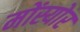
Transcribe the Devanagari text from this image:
मोंस्योर